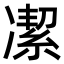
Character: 㓗